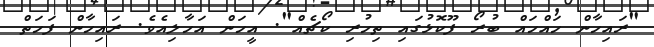
"ރައިހާން ހައްހައް ބުރޯ ފޫކޮޅުގައި ތިހުރި ކޯޗެއް". އީހަން އަހާލިއެވެ. ރައިހާން ފަހަތް